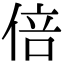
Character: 倍